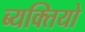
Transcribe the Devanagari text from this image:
ब्यक्तियो